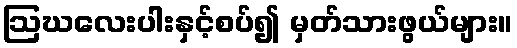
ဩဃလေးပါးနှင့်စပ်၍ မှတ်သားဖွယ်များ။